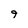
Character: 9